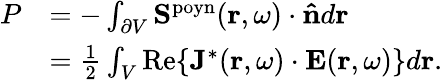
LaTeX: \begin{array}{rl}{P}&{=-\int_{\partial V}\mathbf{S}^{\mathrm{poyn}}(\mathbf{r},\omega)\cdot\mathbf{\hat{n}}d\mathbf{r}}\\ &{=\frac{1}{2}\int_{V}\mathrm{Re}\{ \mathbf{J}^{*}(\mathbf{r},\omega)\cdot\mathbf{E}(\mathbf{r},\omega)\} d\mathbf{r}.}\end{array}